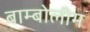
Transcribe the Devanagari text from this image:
बाम्बोलीम